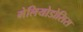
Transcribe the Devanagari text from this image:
मेलियोडोसिस